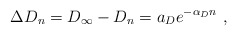
\begin{align*}\Delta D_n = D_\infty - D_n = a_D e^{-\alpha_D n}\ , \end{align*}